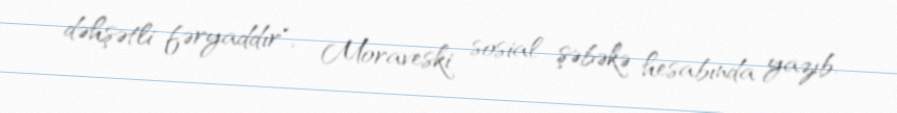
dəhşətli fəryaddır", - Moraveski sosial şəbəkə hesabında yazıb.